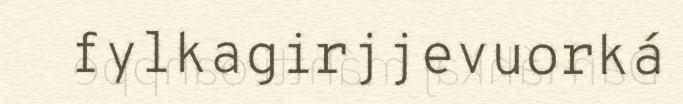
fylkagirjjevuorká